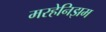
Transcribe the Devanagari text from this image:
मरहेनिझम